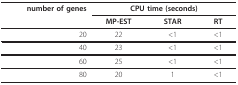
| number of genes | <COLSPAN=3> CPU time (seconds) |
 |  | MP-EST | STAR | RT |
 | --- | --- | --- | --- |
 | 20 | 22 | < 1 | < 1 |
 | 40 | 23 | < 1 | < 1 |
 | 60 | 25 | < 1 | < 1 |
 | 80 | 20 | 1 | < 1 |